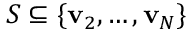
{ \cal S } \subseteq \{ \mathbf { v } _ { 2 } , \ldots , \mathbf { v } _ { N } \}